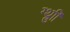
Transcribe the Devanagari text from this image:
ग्थ्रुाी